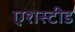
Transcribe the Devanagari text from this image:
एशस्टीड